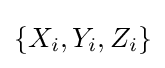
\left\{X_{i},Y_{i},Z_{i}\right\}